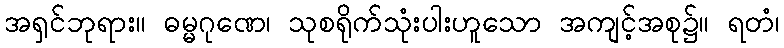
အရှင်ဘုရား။ ဓမ္မဂုဏေ၊ သုစရိုက်သုံးပါးဟူသော အကျင့်အစု၌။ ရတံ၊